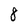
Character: 8